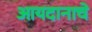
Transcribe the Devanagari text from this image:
आयदानाचे